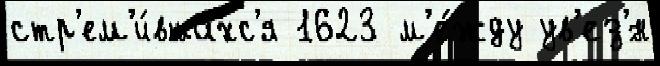
стр'ем'и́вшихс'я 1623 м'е́жду ув'ез'́н